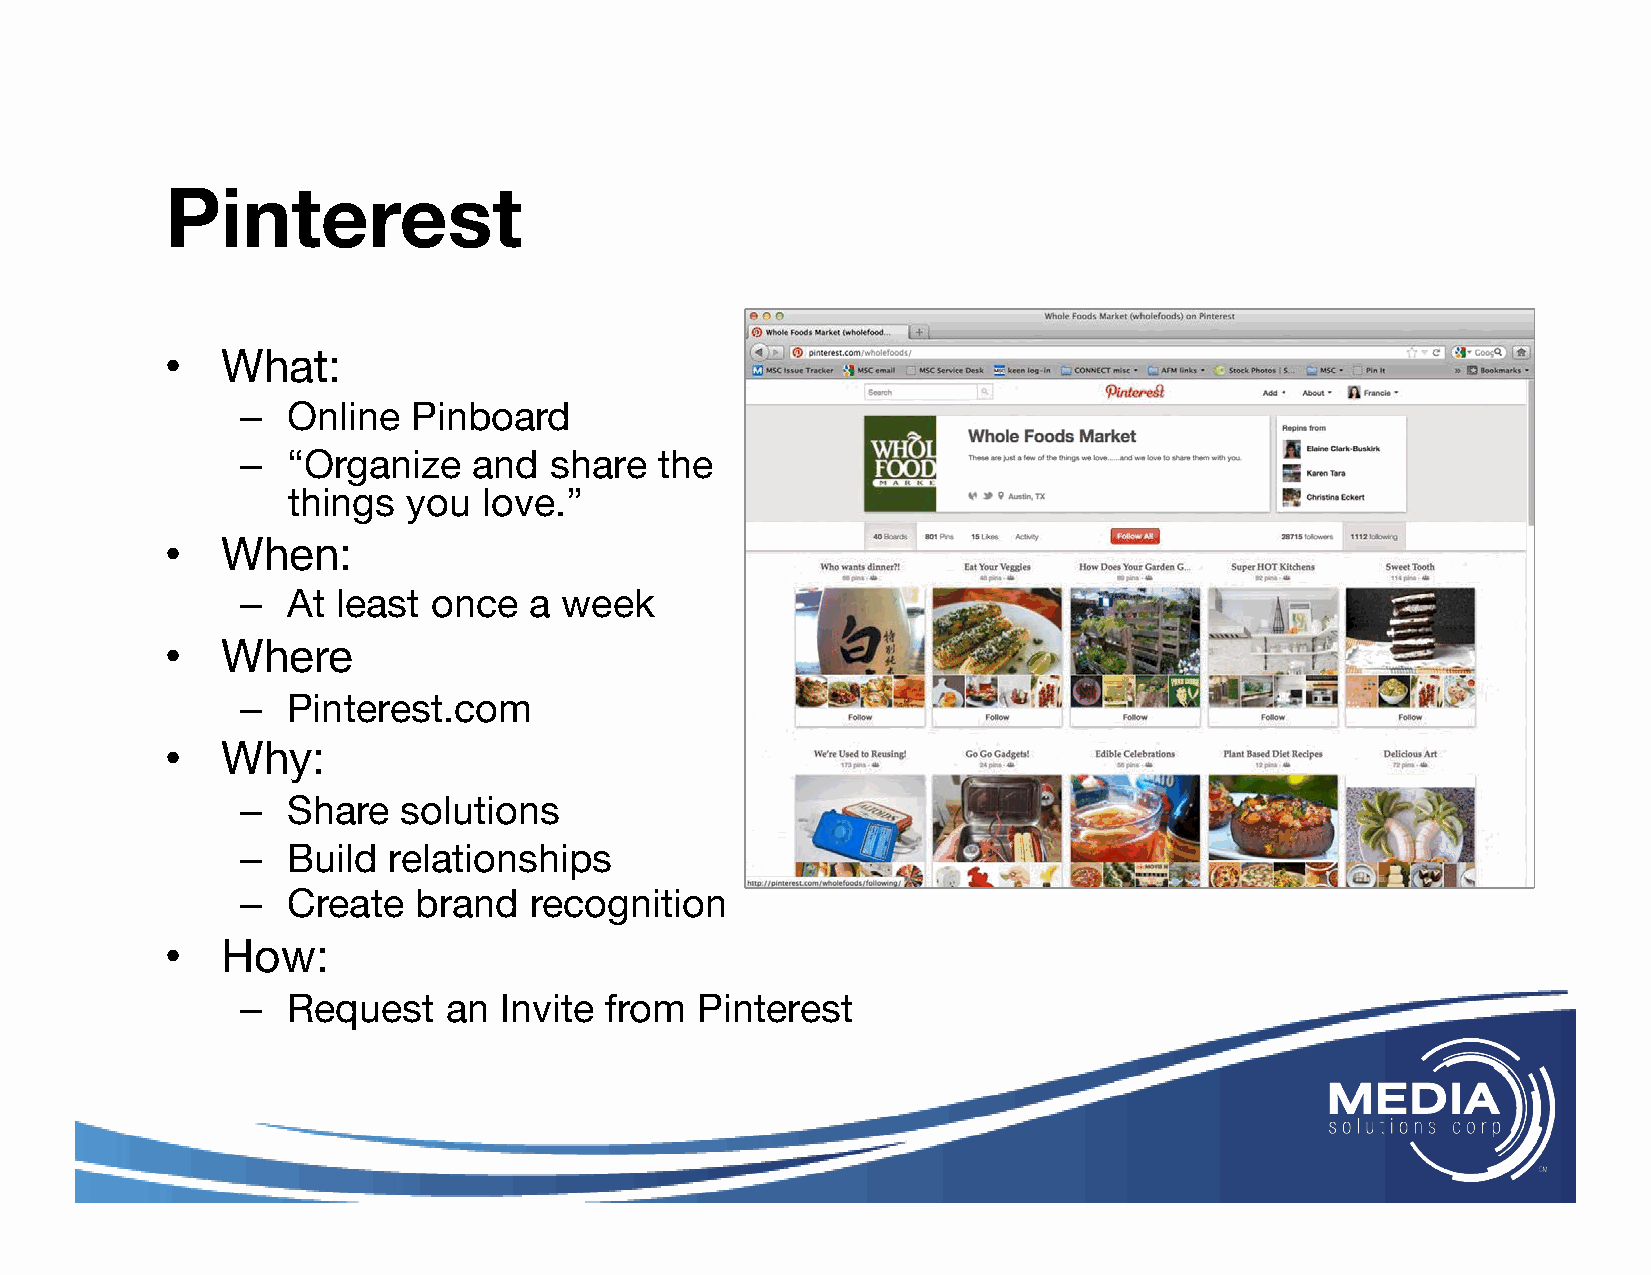
Pinterest
 •   What:
 –  Online  Pinboard
 –  “Organize   and  share   the
 things  you  love.”
 •   When:
 –  At least  once  a week
 •   Where
 –  Pinterest.com
 •   Why:
 –  Share   solutions
 –  Build  relationships
 –  Create  brand   recognition
 •   How:
 –  Request   an  Invite from  Pinterest